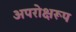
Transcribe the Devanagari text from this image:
अपरोक्षरूप